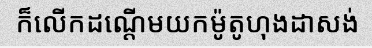
ក៏លើកដណ្តើមយកម៉ូតូហុងដាសង់